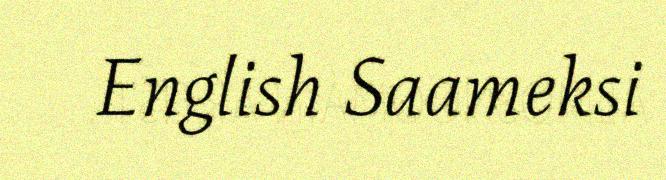
English Saameksi